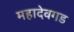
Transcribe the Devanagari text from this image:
महादेवगड